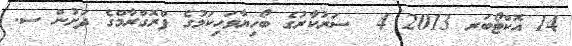
14 އޮކްޓޯބަރ 2013 4  ސަރުކާރުގެ ބޯހިޔާވަހިކަމުގެ ޕްރޮގްރާމްގެ ދަށުން ސ.